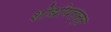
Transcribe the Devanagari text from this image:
शोधोपरान्त